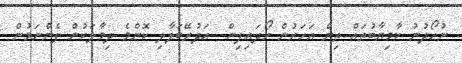
ނުހޯދުނު ކާމިޔާބުތައް ތިން އަހަރުން ހޯދައިފިން  އަދުރޭބަލާލި ކޮންމެ ދިމާލަކުން ފެންނަމުން